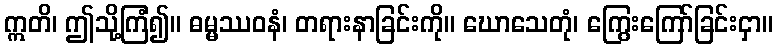
ဣတိ၊ ဤသို့ကြံ၍။ ဓမ္မဿဝနံ၊ တရားနာခြင်းကို။ ဃောသေတုံ၊ ကြွေးကြော်ခြင်းငှာ။